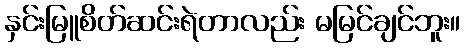
နှင်းမြူစိတ်ဆင်းရဲတာလည်း မမြင်ချင်ဘူး။